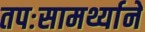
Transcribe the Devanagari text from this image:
तपःसामर्थ्याने